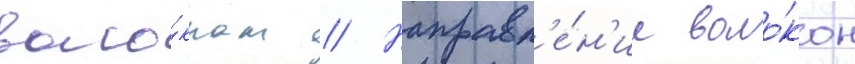
воло́кнам // Направл'е́н'ие воло́кон